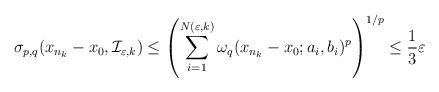
LaTeX: \begin{align*} \sigma_{p,q}(x_{n_k}-x_0,\mathcal I_{\varepsilon,k}) \leq \left(\sum_{i=1}^{N(\varepsilon,k)} \omega_q(x_{n_k}-x_0; a_i, b_i)^p\right)^{1/p} \leq \frac{1}{3}\varepsilon\end{align*}